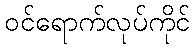
ဝင်ရောက်လုပ်ကိုင်